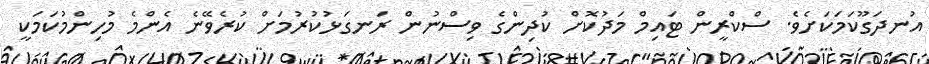
އުނދަގޫކަމަކަށެވެ. ސްކްރީން ޓައިމް މަދުކޮށް ކުދިންގެ ވިސްނުން ރަނގަޅުކުރުމަށް ކުރެވޭނެ އެންމެ މުހިންމުކަމަކީ